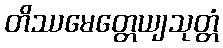
တိဿမေတ္တေယျသုတ္တံ